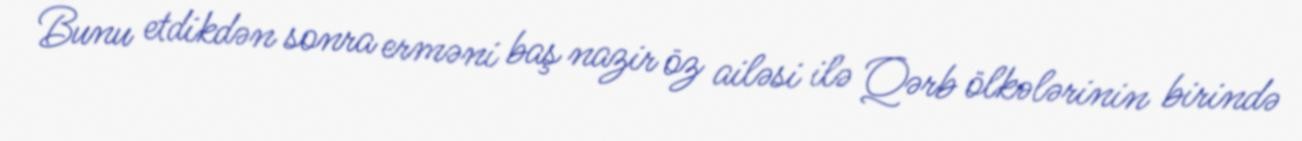
Bunu etdikdən sonra erməni baş nazir öz ailəsi ilə Qərb ölkələrinin birində